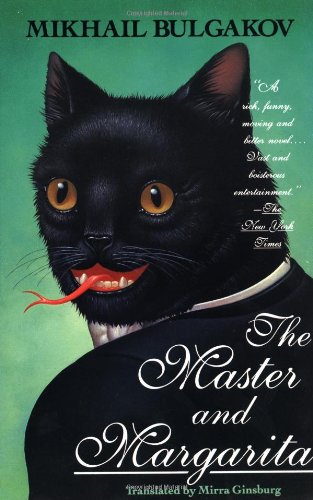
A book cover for The Master and Margarita; Mikhail Bulgakov; Literature & Fiction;